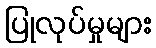
ပြုလုပ်မှုများ